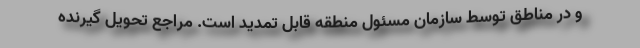
و در مناطق توسط سازمان مسئول منطقه قابل تمدید است. مراجع تحویل گیرنده